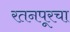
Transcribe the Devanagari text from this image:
रतनपूरचा